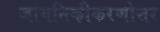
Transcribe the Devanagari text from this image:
जागतिकीकरणोत्तर